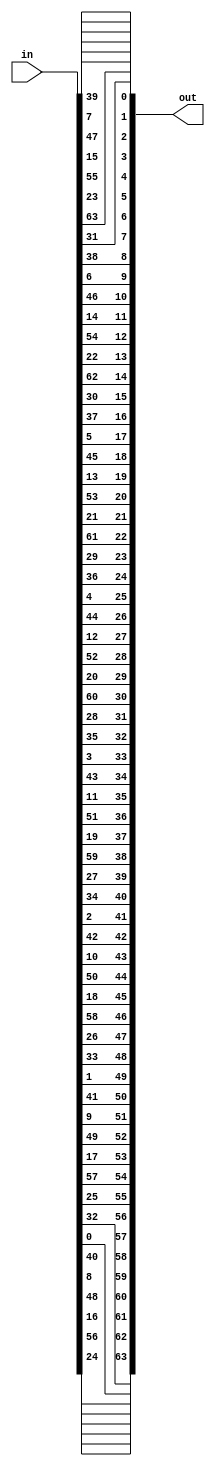
`timescale 1ns / 1ps
//////////////////////////////////////////////////////////////////////////////////
// Company: 
// Engineer: 
// 
// Design Name: 
// Module Name: InversePermutation
// Project Name: 
// Target Devices: 
// Tool Versions: 
// Description: 
// 
// Dependencies: 
// 
// Revision:
// Revision 0.01 - File Created
// Additional Comments:
// 
//////////////////////////////////////////////////////////////////////////////////


module InversePermutation(
    input [0:8*8 - 1] in,
    output reg [0:8*8 - 1] out
    );

    always @*
    begin: permute
    
        integer i;

        for (i = 0; i < 8; i = i + 1) begin
            out[(7 - i) * 8 + 1] = in[0*8 + i];
            out[(7 - i) * 8 + 3] = in[1*8 + i];
            out[(7 - i) * 8 + 5] = in[2*8 + i];
            out[(7 - i) * 8 + 7] = in[3*8 + i];
            out[(7 - i) * 8 + 0] = in[4*8 + i];
            out[(7 - i) * 8 + 2] = in[5*8 + i];
            out[(7 - i) * 8 + 4] = in[6*8 + i];
            out[(7 - i) * 8 + 6] = in[7*8 + i];
            
        end
    end
endmodule